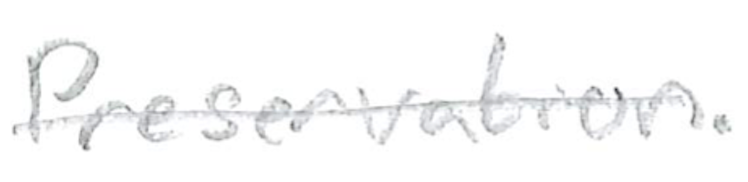
Text: preservation.
Cross-out: single-line
Writing tool: pencil